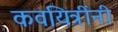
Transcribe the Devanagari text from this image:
कवयित्रींनी